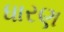
ધારણ